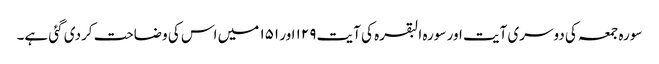
سورہ جمعہ کی دوسری آیت اور سورہ البقرہ کی آیت ۱۲۹ اور ۱۵۱ میں اس کی وضاحت کردی گئی ہے۔